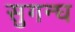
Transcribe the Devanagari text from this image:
सुगन्घ